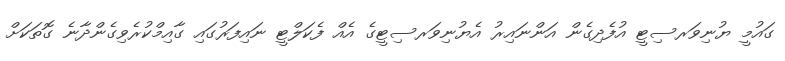
ގައުމީ ޔުނިވަރސިޓީ އުފެދިގެން އަންނައިރު އެޔުނިވަރސިޓީގެ އެއް ފެކަލްޓީ ނައިފަރުގައި ގާއިމްކުރެވިގެންދާނެ ގޮތަކަށް